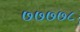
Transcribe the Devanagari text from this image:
७७७७८